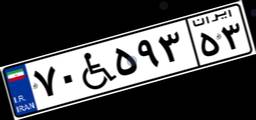
۷۰W۵۹۳۵۳